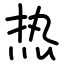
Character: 热